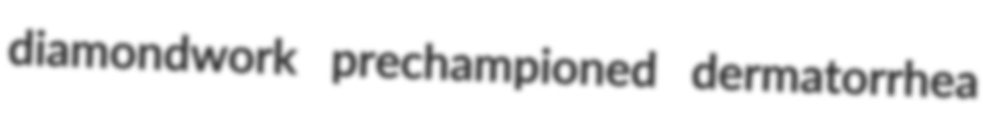
diamondwork prechampioned dermatorrhea